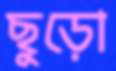
ছুড়ো